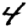
Digit: 4